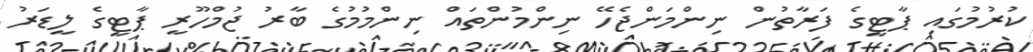
ކުރުމުގައި ޕާޓީގެ ފަރާތުން ނިންމަންޖެހޭ ނިންމުންތައް ނިންމުމުގެ ބާރު ޖުމްހޫރީ ޕާޓީގެ ލީޑަރު